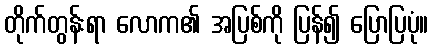
တိုက်တွန်းရာ လောက၏ အပြစ်ကို ပြန်၍ ပြောပြပုံ။